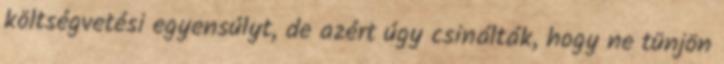
költségvetési egyensúlyt, de azért úgy csinálták, hogy ne tünjön